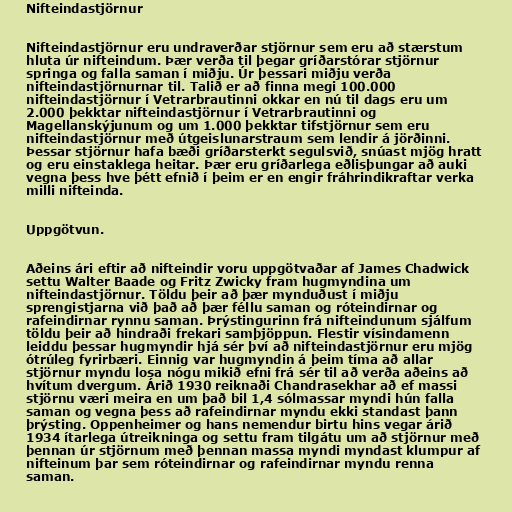
Nifteindastjörnur

Nifteindastjörnur eru undraverðar stjörnur sem eru að stærstum
hluta úr nifteindum. Þær verða til þegar gríðarstórar stjörnur
springa og falla saman í miðju. Úr þessari miðju verða
nifteindastjörnurnar til. Talið er að finna megi 100.000
nifteindastjörnur í Vetrarbrautinni okkar en nú til dags eru um
2.000 þekktar nifteindastjörnur í Vetrarbrautinni og
Magellanskýjunum og um 1.000 þekktar tifstjörnur sem eru
nifteindastjörnur með útgeislunarstraum sem lendir á jörðinni.
Þessar stjörnur hafa bæði gríðarsterkt segulsvið, snúast mjög hratt
og eru einstaklega heitar. Þær eru gríðarlega eðlisþungar að auki
vegna þess hve þétt efnið í þeim er en engir fráhrindikraftar verka
milli nifteinda.

Uppgötvun.

Aðeins ári eftir að nifteindir voru uppgötvaðar af James Chadwick
settu Walter Baade og Fritz Zwicky fram hugmyndina um
nifteindastjörnur. Töldu þeir að þær mynduðust í miðju
sprengistjarna við það að þær féllu saman og róteindirnar og
rafeindirnar rynnu saman. Þrýstingurinn frá nifteindunum sjálfum
töldu þeir að hindraði frekari samþjöppun. Flestir vísindamenn
leiddu þessar hugmyndir hjá sér því að nifteindastjörnur eru mjög
ótrúleg fyrirbæri. Einnig var hugmyndin á þeim tíma að allar
stjörnur myndu losa nógu mikið efni frá sér til að verða aðeins að
hvítum dvergum. Árið 1930 reiknaði Chandrasekhar að ef massi
stjörnu væri meira en um það bil 1,4 sólmassar myndi hún falla
saman og vegna þess að rafeindirnar myndu ekki standast þann
þrýsting. Oppenheimer og hans nemendur birtu hins vegar árið
1934 ítarlega útreikninga og settu fram tilgátu um að stjörnur með
þennan úr stjörnum með þennan massa myndi myndast klumpur af
nifteinum þar sem róteindirnar og rafeindirnar myndu renna
saman.